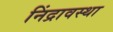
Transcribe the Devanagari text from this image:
निंद्रावस्था